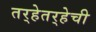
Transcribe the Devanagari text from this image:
तर्‍हेतर्‍हेची